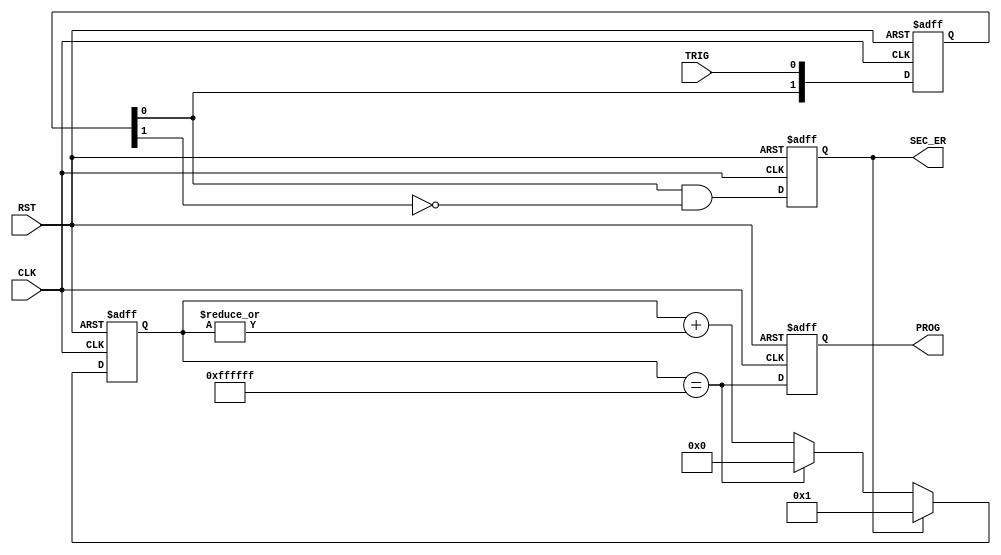
//
//burn_st.v
//
module burn_st(

					input wire CLK,
					input wire RST,
					
					input wire TRIG,

					output reg SEC_ER,
					output reg PROG
	);
parameter end_cnt=24'hffffff;
	
reg [1:0] d_trig;

reg [23:0] cnt;


always @ (posedge CLK or posedge RST)
  if (RST)
    d_trig <= #1 0;
  else
    d_trig <= #1 {d_trig, TRIG};
      
always @ (posedge CLK or posedge RST)
  if (RST)
    SEC_ER <= #1 0;
  else
    SEC_ER <= #1 d_trig[0] & !d_trig[1];
	 
always @ (posedge CLK or posedge RST)
  if (RST)	 
    cnt <= #1 0;
  else if (SEC_ER)
    cnt <= #1 1;
  else if (cnt==end_cnt)
    cnt <= #1 0;
  else
    cnt <= #1 cnt+|cnt;
	 
	 
always @ (posedge CLK or posedge RST)
  if (RST)
    PROG <= #1 0;
  else
    PROG <= #1 (cnt==end_cnt);
    

endmodule